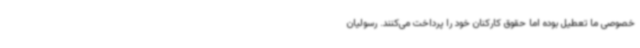
خصوصی ما تعطیل بوده اما حقوق کارکنان خود را پرداخت می‌کنند. رسولیان